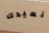
نعيدك